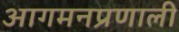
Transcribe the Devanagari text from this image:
आगमनप्रणाली